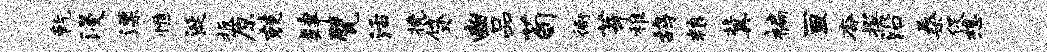
乾浸漂憔涎扳原兢肄甓活挽贷豳品荀衙芽稚鸪粮冀褊亘杳撰沿桑促想